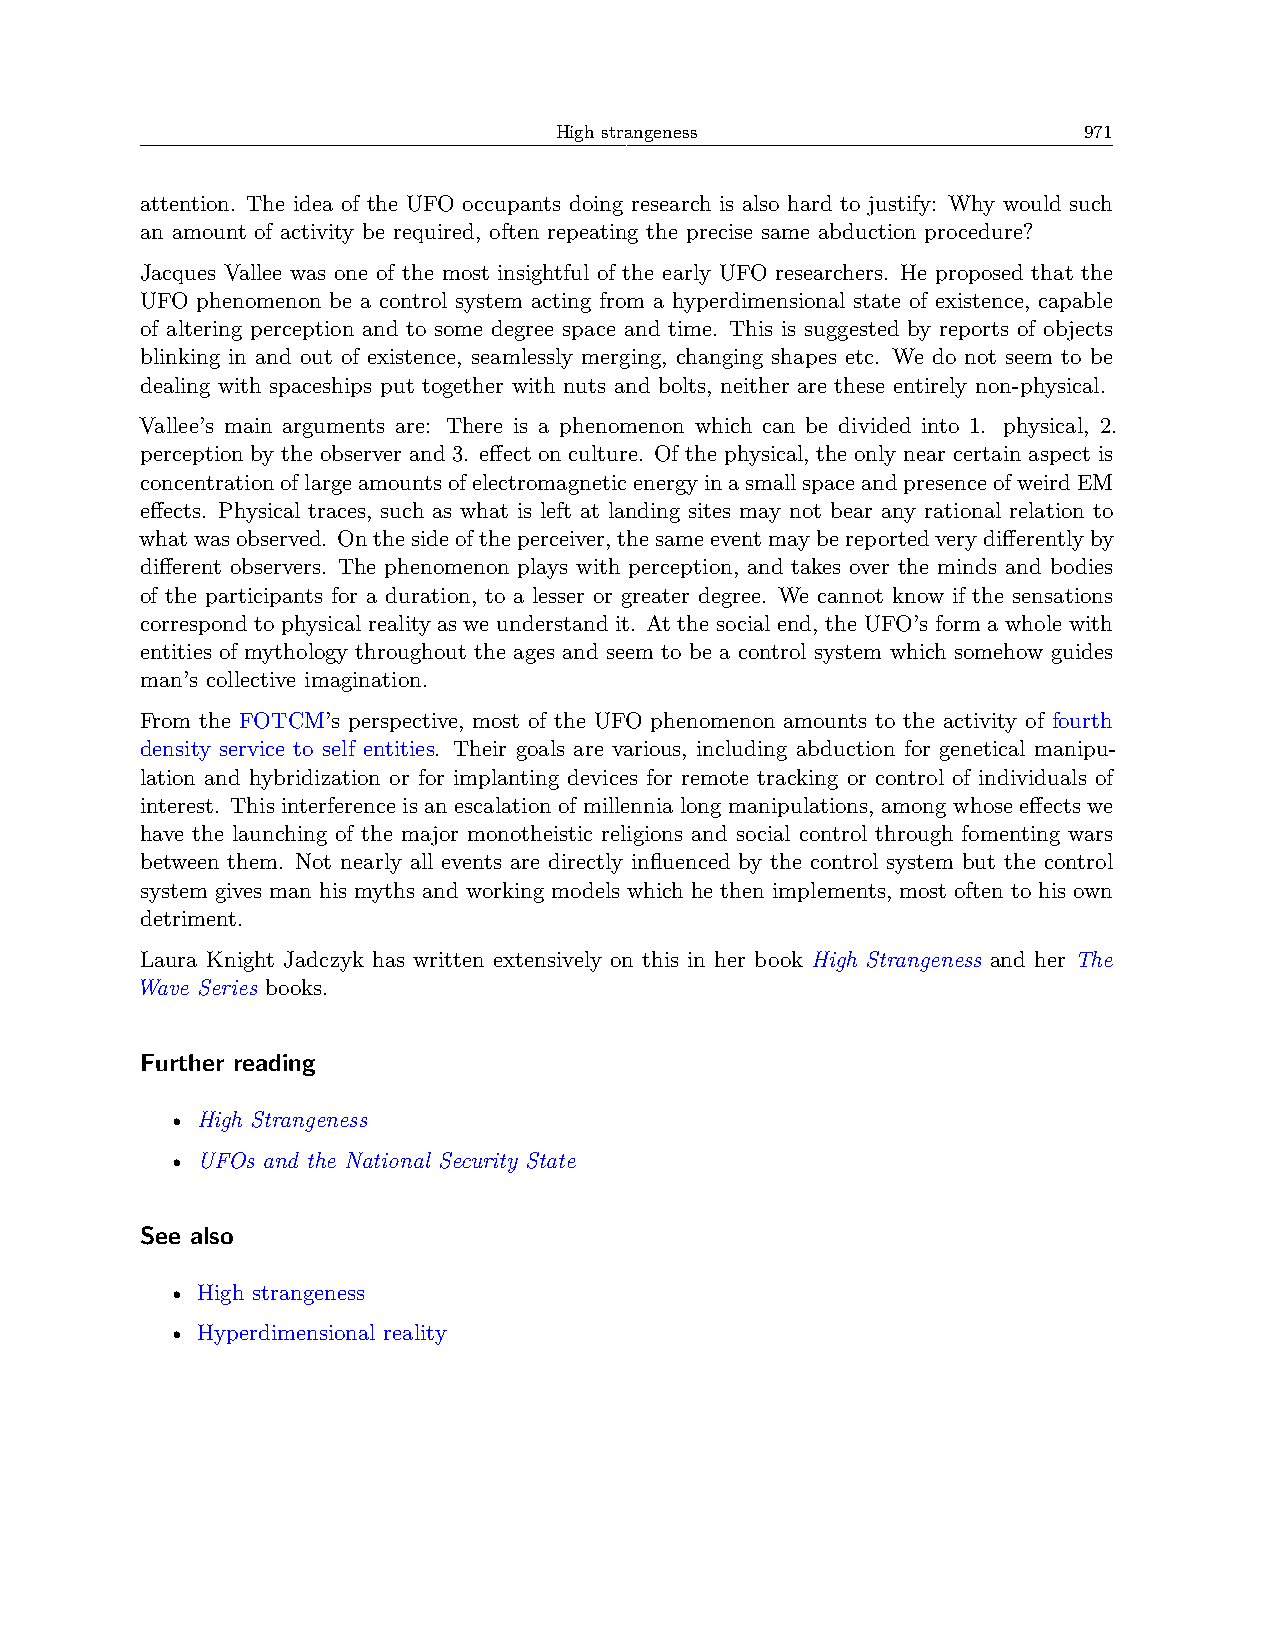
High strangeness                   971
 attention. The idea of the UFO occupants doing research is also hard to justify: Why would such
 an amount of activity be required, often repeating the precise same abduction procedure?
 Jacques Vallee was one of the most insightful of the early UFO researchers. He proposed that the
 UFO phenomenon be a control system acting from a hyperdimensional state of existence, capable
 of altering perception and to some degree space and time. This is suggested by reports of objects
 blinking in and out of existence, seamlessly merging, changing shapes etc. We do not seem to be
 dealing with spaceships put together with nuts and bolts, neither are these entirely non-physical.
 Vallee’s main arguments are: There is a phenomenon which can be divided into 1. physical, 2.
 perception by the observer and 3. effect on culture. Of the physical, the only near certain aspect is
 concentrationoflargeamountsofelectromagneticenergyinasmallspaceandpresenceofweirdEM
 effects. Physical traces, such as what is left at landing sites may not bear any rational relation to
 whatwasobserved. Onthesideoftheperceiver,thesameeventmaybereportedverydifferentlyby
 different observers. The phenomenon plays with perception, and takes over the minds and bodies
 of the participants for a duration, to a lesser or greater degree. We cannot know if the sensations
 correspond to physical reality as we understand it. At the social end, the UFO’s form a whole with
 entities of mythology throughout the ages and seem to be a control system which somehow guides
 man’s collective imagination.
 From the FOTCM’s perspective, most of the UFO phenomenon amounts to the activity of fourth
 density service to self entities. Their goals are various, including abduction for genetical manipu-
 lation and hybridization or for implanting devices for remote tracking or control of individuals of
 interest. This interference is an escalation of millennia long manipulations, among whose effects we
 have the launching of the major monotheistic religions and social control through fomenting wars
 between them. Not nearly all events are directly influenced by the control system but the control
 system gives man his myths and working models which he then implements, most often to his own
 detriment.
 Laura Knight Jadczyk has written extensively on this in her book High Strangeness and her The
 Wave Series books.
 Further reading
 • High Strangeness
 • UFOs and the National Security State
 See also
 • High strangeness
 • Hyperdimensional reality